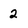
Character: 2